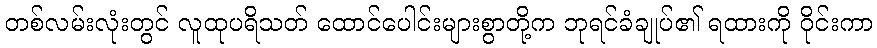
တစ်လမ်းလုံးတွင် လူထုပရိသတ် ထောင်ပေါင်းများစွာတို့က ဘုရင်ခံချုပ်၏ ရထားကို ဝိုင်းကာ